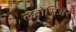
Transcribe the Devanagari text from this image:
लवोसिअर